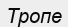
Тропе